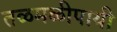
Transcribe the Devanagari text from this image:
तळमळीपायी